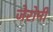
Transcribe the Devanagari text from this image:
जेरोमी